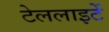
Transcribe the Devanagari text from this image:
टेललाइटें